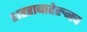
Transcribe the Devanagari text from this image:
शहराबाहेरुनच